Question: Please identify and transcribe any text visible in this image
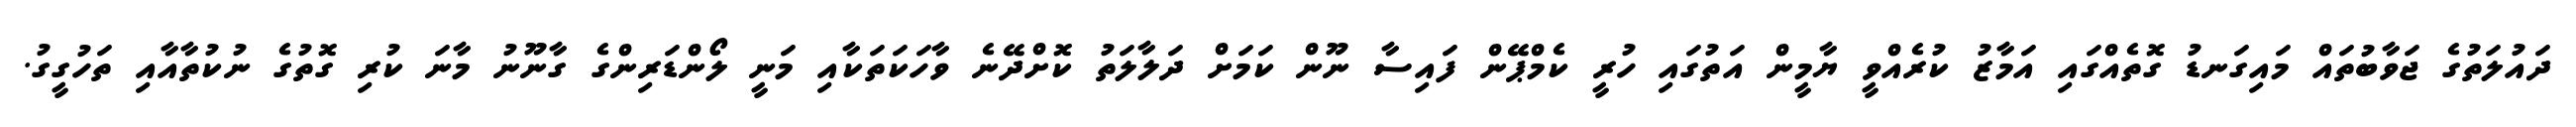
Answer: ދައުލަތުގެ ޖަވާބުތައް މައިގަނޑު ގޮތެއްގައި އަމާޒު ކުރެއްވީ ޔާމީން އަތުގައި ހުރީ ކެމްޕޭން ފައިސާ ނޫން ކަމަށް ދަލާލަތު ކޮށްދޭނެ ވާހަކަތަކާއި މަނީ ލޯންޑަރިންގެ ގާނޫނު މާނަ ކުރި ގޮތުގެ ނުކުތާއާއި ތަހުގީގު.